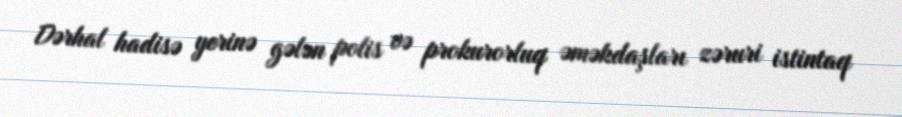
Dərhal hadisə yerinə gələn polis və prokurorluq əməkdaşları zəruri istintaq